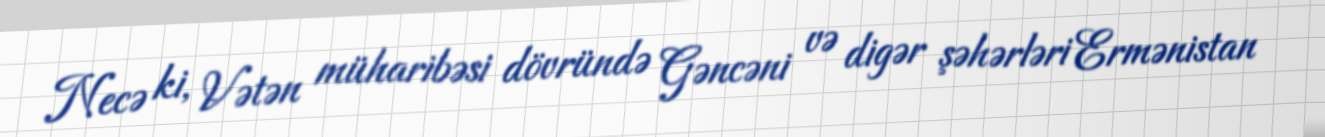
Necə ki, Vətən müharibəsi dövründə Gəncəni və digər şəhərləri Ermənistan